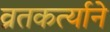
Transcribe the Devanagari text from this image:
व्रतकर्त्याने